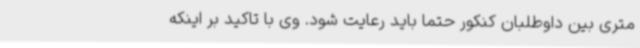
متری بین داوطلبان کنکور حتما باید رعایت شود. وی با تاکید بر اینکه